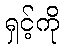
ရှင့်ကို